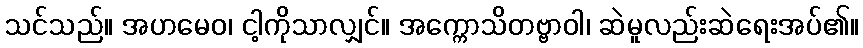
သင်သည်။ အဟမေဝ၊ ငါ့ကိုသာလျှင်။ အက္ကောသိတဗ္ဗာဝါ၊ ဆဲမူလည်းဆဲရေးအပ်၏။